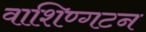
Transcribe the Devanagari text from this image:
वाशिण्गटन